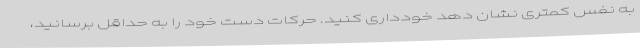
به نفس کمتری نشان دهد خودداری کنید. حرکات دست خود را به حداقل برسانید،